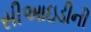
સીઆઇડીની